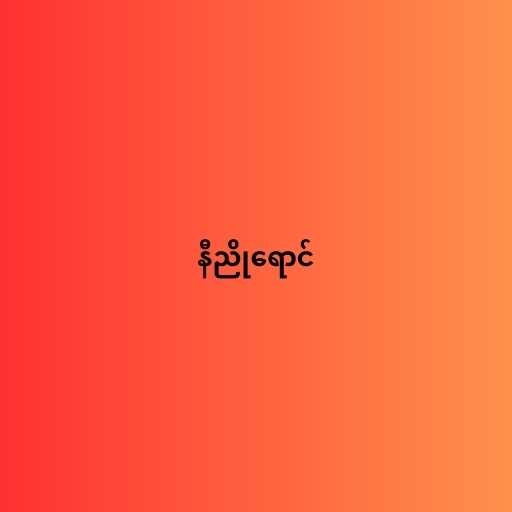
နီညိုရောင်